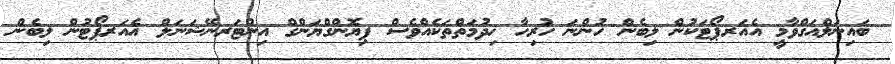
ބައިނަލްއަގްވާމީ އެއަރޕޯޓަކުން ލިބެން ހުންނަ ހުރިހާ ޚިދުމަތްތަކެއްވެސް ޕިޔޮންގްޔަންގް އިންޓަރނޭޝަނަލް އެއަރޕޯޓުން ލިބެން